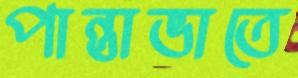
পান্তাভাতে